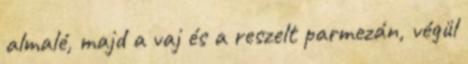
almalé, majd a vaj és a reszelt parmezán, végül